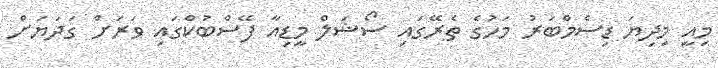
މިއީ މިދިޔަ ޑިސެމްބަރު މަހުގެ ތެރޭގައި ސޯޝަލް މީޑިއާ ފޭސްބުކްގައި ވަރަށް ގަދަޔަށް